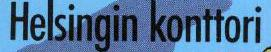
Helsingin konttori